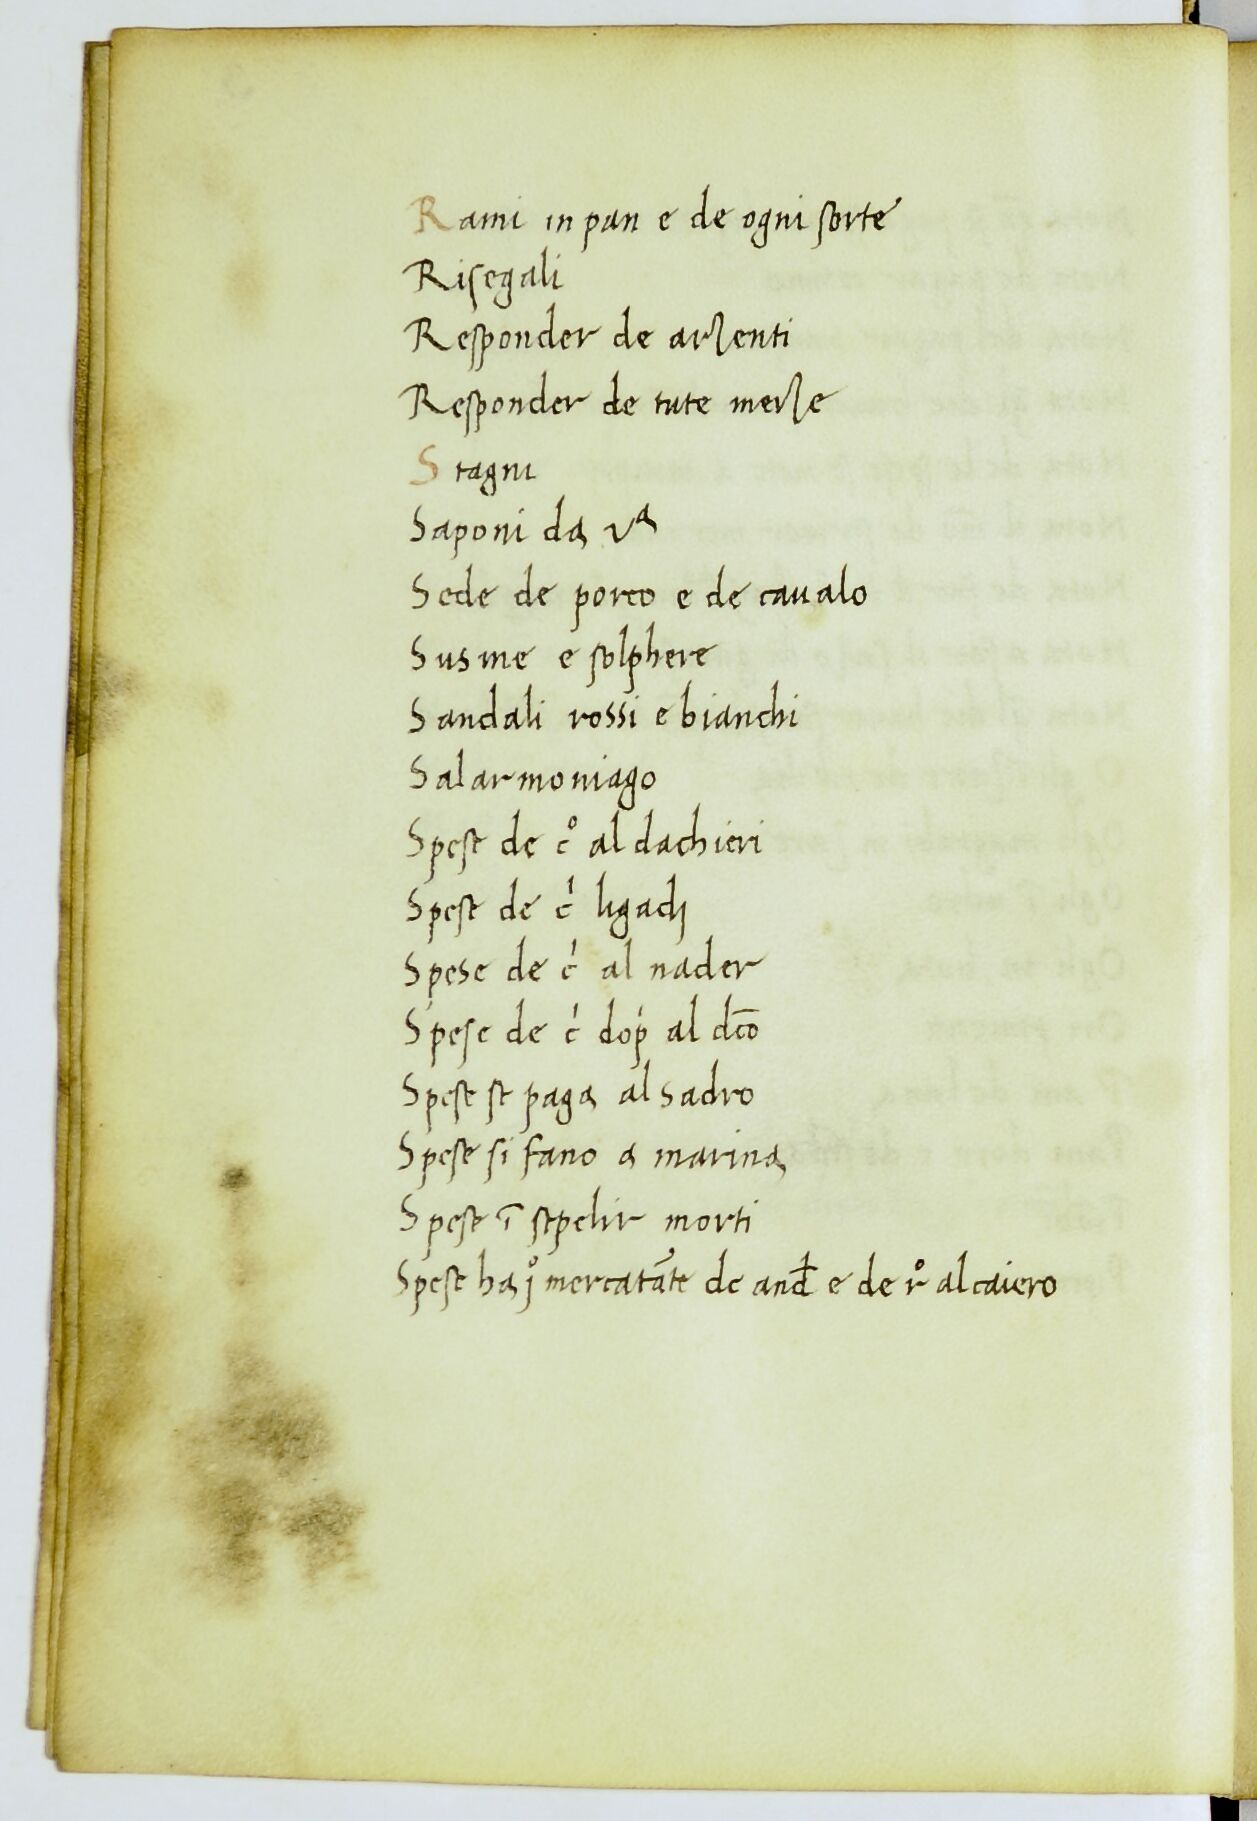
Shelfmark: Paris, BnF, ita. 912
Century: 14